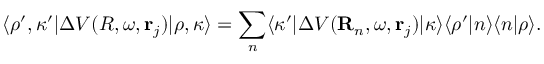
\langle \rho ^ { \prime } , \kappa ^ { \prime } | \Delta V ( R , \omega , { \bf r } _ { j } ) | \rho , \kappa \rangle = \sum _ { n } \langle \kappa ^ { \prime } | \Delta V ( { \bf R } _ { n } , \omega , { \bf r } _ { j } ) | \kappa \rangle \langle \rho ^ { \prime } | n \rangle \langle n | \rho \rangle .